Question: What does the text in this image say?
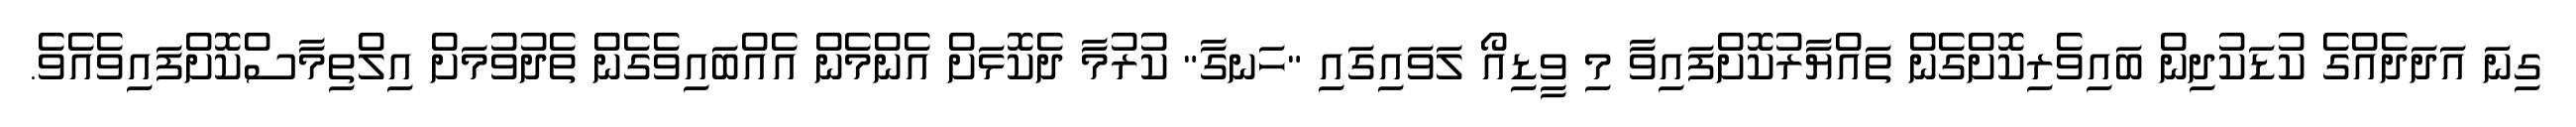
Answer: ގިނަ އަދަދެއްގެ ކުޑަކުދިން ބައިވެރިކޮށްގެން ތައްޔާރުކޮށްފައިވާ މި ވީޑިއޯ ލަވައިގައި "ހަނގާ" ކުރުމާ ދެކޮޅަށް އެންމެން އެއްބައިވެގެން ތެދުވުމަށް އިލްތިމާސްކޮށްފައިވެއެވެ.